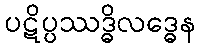
ပဋိပ္ပဿဒ္ဓိလဒ္ဓေန